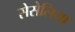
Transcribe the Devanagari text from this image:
सेसेलिया